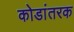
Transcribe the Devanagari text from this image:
कोडांतरक